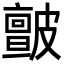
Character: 皽